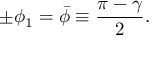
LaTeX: \pm \phi _ { 1 } = \bar { \phi } \equiv { \frac { \pi - \gamma } { 2 } } .